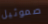
صموئيل